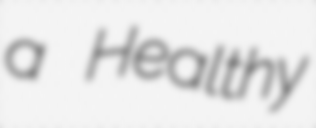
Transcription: a Healthy